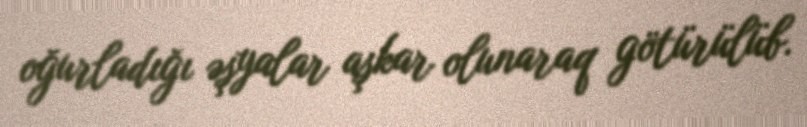
oğurladığı əşyalar aşkar olunaraq götürülüb.